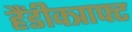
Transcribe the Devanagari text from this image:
हैंडीक्त्राफ्ट